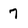
Character: 7